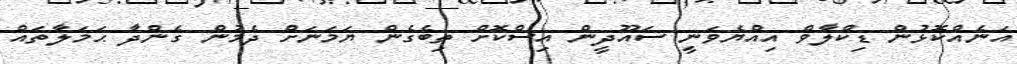
އަނެއްކޮޅުން ޑިކްލާވް އިއްޔެވަނީ ސައޫދީން އިސްކޮށް ތިބެގެން ޔަމަނަށް ދެމުން ގެންދާ ޙަމަލާތައް